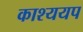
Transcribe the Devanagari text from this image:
काश्ययप